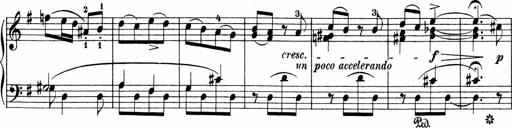
Title: 3 Sonatinas
Composer: Carl Reinecke